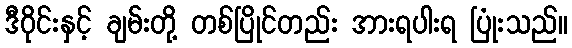
ဒီဝိုင်းနှင့် ချမ်းတို့ တစ်ပြိုင်တည်း အားရပါးရ ပြုံးသည်။